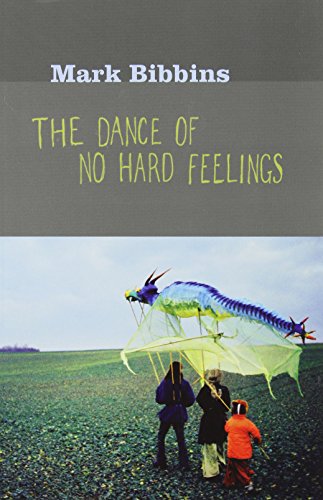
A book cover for The Dance of No Hard Feelings; Mark Bibbins; Gay & Lesbian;